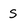
Character: s